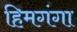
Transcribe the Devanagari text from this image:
हिमगंगा